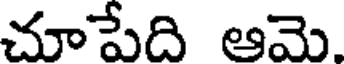
చూపేది ఆమె.